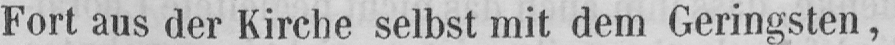
Fort aus der Kirche selbst mit dem Geringsten,